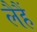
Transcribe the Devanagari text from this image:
लैहैं